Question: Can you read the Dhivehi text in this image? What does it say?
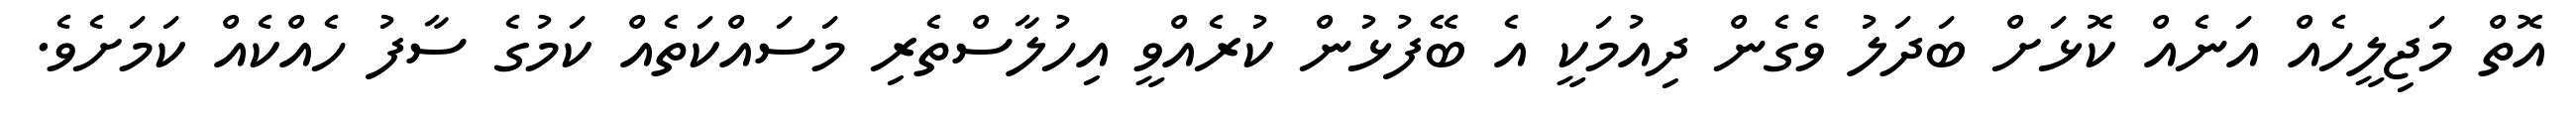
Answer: އޮތް މަޖިލީހެއް އަނެއް ކޮޅަށް ބަދަލު ވެގެން ދިއުމަކީ އެ ބޭފުޅުން ކުރެއްވީ އިހުލާސްތެރި މަސައްކަތެއް ކަމުގެ ސާފު ހެއްކެއް ކަމަށެވެ.